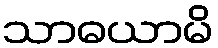
သာဓယာမိ